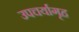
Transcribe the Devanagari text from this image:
उपचर्यागृह